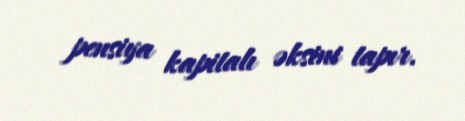
pensiya kapitalı əksini tapır.